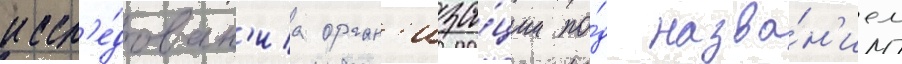
иссл'е́дован'иа орган'иза́ции по́д назва́н'ием